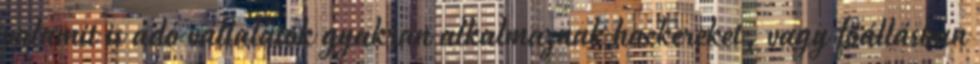
valamit is adó vállalatok gyakran alkalmaznak hackereket, vagy főállásban